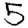
Digit: 5